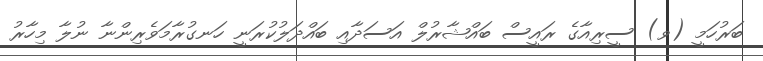
ބަރުހަމީ (ވ) ސީރިއާގެ ރައީސް ބައްޝާރުލް އަސަދާއި ބައްދަލުކުރަނީ ހަނގުރާމަވެރިންނާ ނުލާ މިހާރު